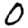
Digit: 0